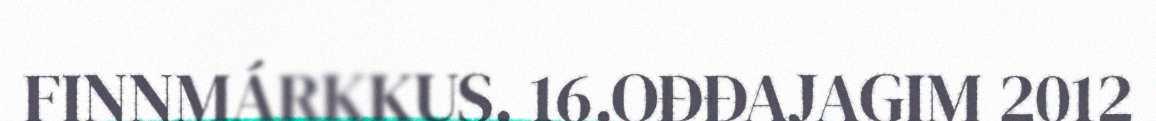
FINNMÁRKKUS. 16.OĐĐAJAGIM 2012